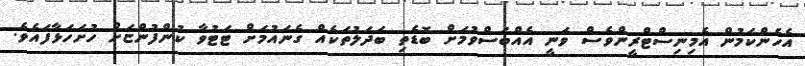
އެހެންކަމުން އެމިނިސްޓްރީންވެސް ވަނީ އެއްބަސްވުމަށް ބޮޑެތި ބަދަލުތަކެއް ގެނައުމަށް ޓަޓުވާ ކުންފުންޏަށް ހުށަހަޅާފައެވެ.